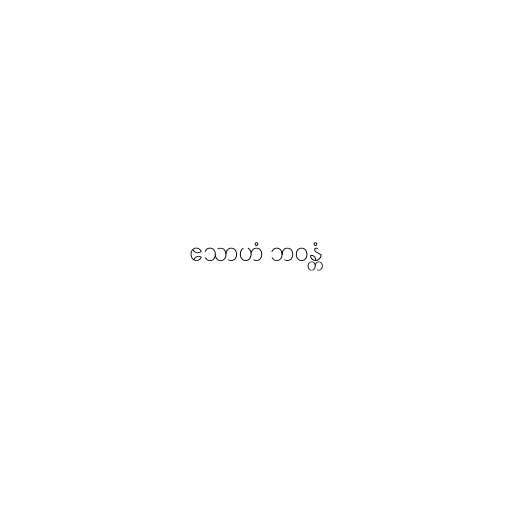
ဧသာဟံ ဘဝန္တံ